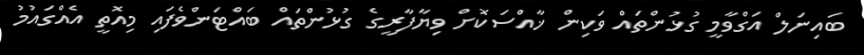
ބައިނަލް އަގްވާމީ ގުޅުންތައް ވަކިން ޚާއްސަކޮށް ވިޔާފާރީގެ ގުޅުންތައް ބައްޓަންވެފައި މިއޮތީ އެއްގައުމު